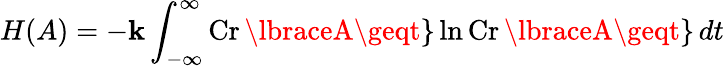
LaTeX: H(A)=-\mathbf{k}\int_{-\infty}^{\infty}\operatorname{Cr}\lbraceA\geqt\rbrace\ln\operatorname{Cr}\lbraceA\geqt\rbrace\, dt